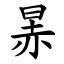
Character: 㫱